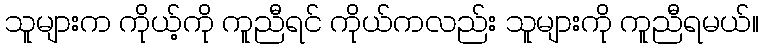
သူများက ကိုယ့်ကို ကူညီရင် ကိုယ်ကလည်း သူများကို ကူညီရမယ်။